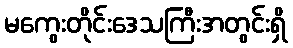
မကွေးတိုင်းဒေသကြီးအတွင်းရှိ